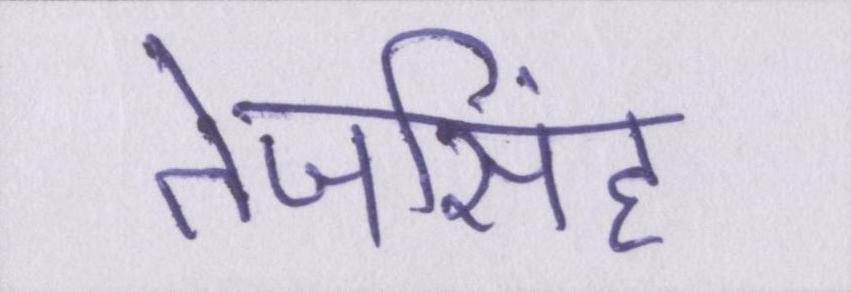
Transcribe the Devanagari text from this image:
तेजसिंह